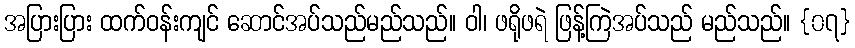
အပြားပြား ထက်ဝန်းကျင် ဆောင်အပ်သည်မည်သည်။ ဝါ၊ ဖရိုဖရဲ ဖြန့်ကြဲအပ်သည် မည်သည်။ {၀၇}